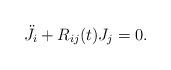
LaTeX: \begin{align*}\ddot{J}_{i}+R_{ij}(t) J_{j}=0.\end{align*}